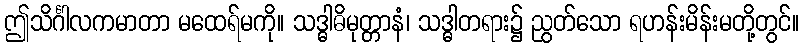
ဤသိင်္ဂါလကမာတာ မထေရ်မကို။ သဒ္ဓါဓိမုတ္တာနံ၊ သဒ္ဓါတရား၌ ညွတ်သော ရဟန်းမိန်းမတို့တွင်။